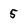
Character: 5